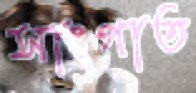
সাংগাত